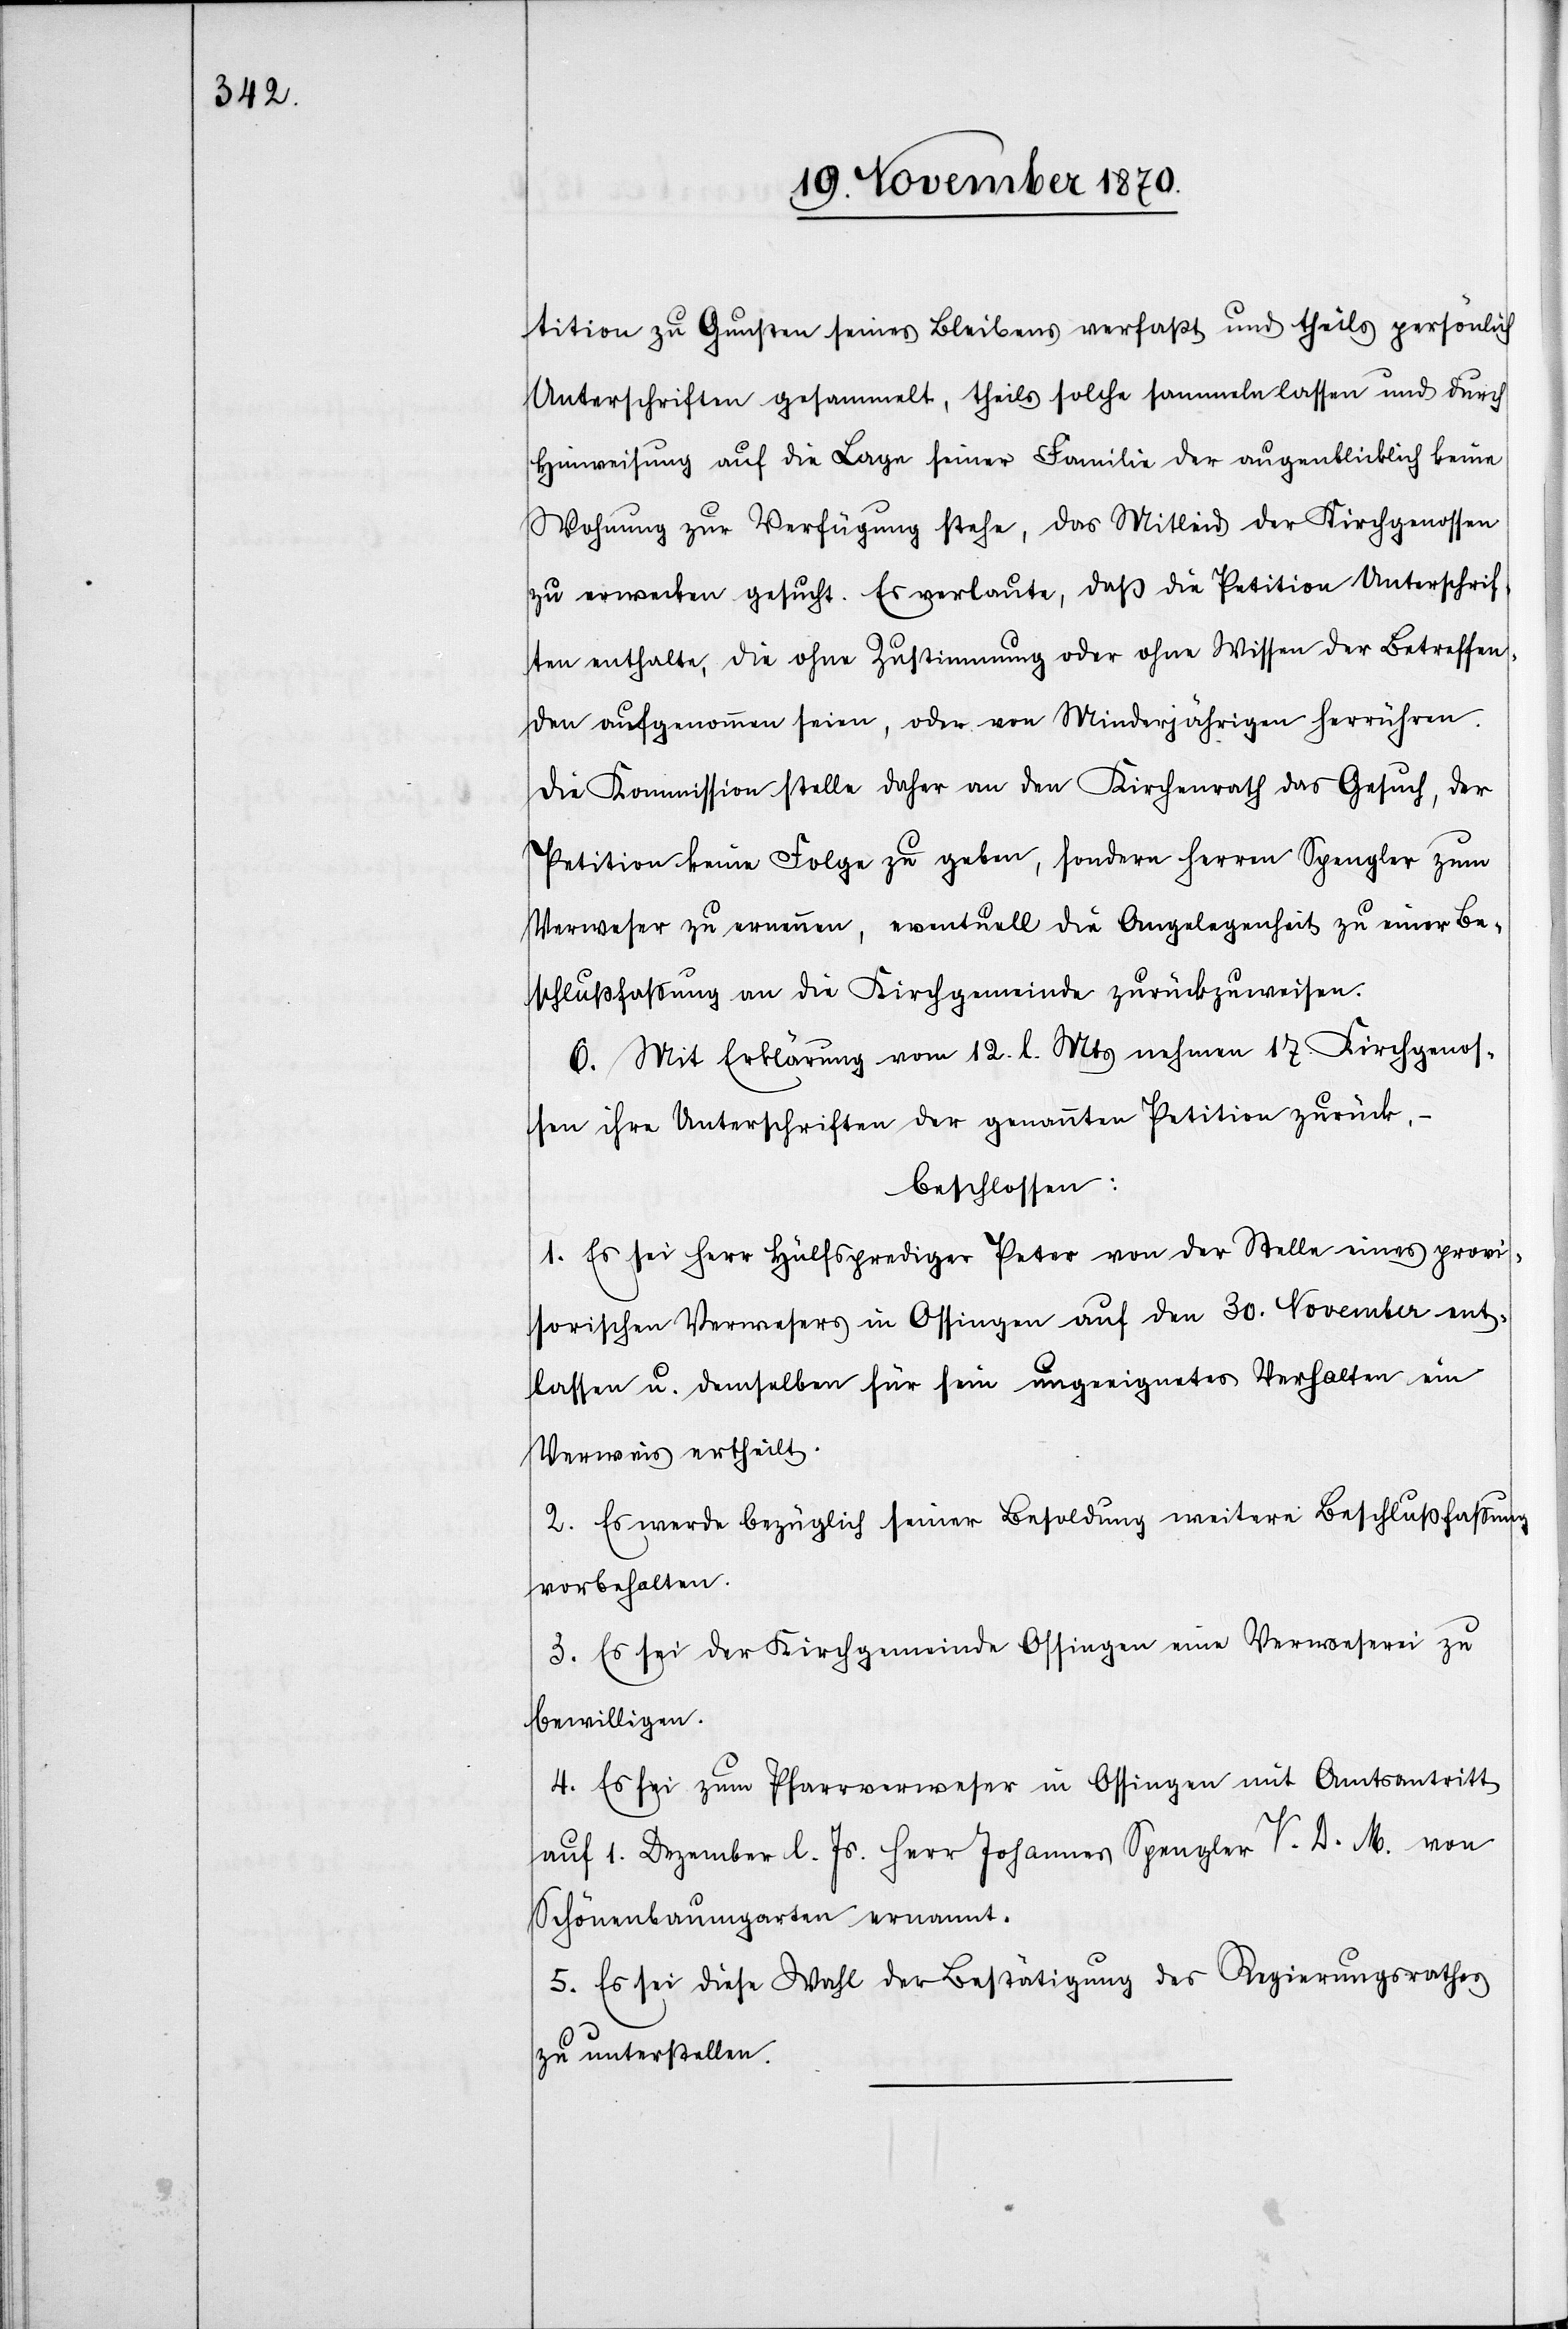
tition zu Gunsten seines Bleibens verfasst und theils persönlich
Unterschriften gesammelt, theils solche sammeln lassen und durch
Hinweisung auf die Lage seiner Familie der augenblicklich keine
Wohnung zur Verfügung stehe, das Mitleid der Kirchgenossen
zu erwecken gesucht. Er verlaute, daß die Petition Unterschrif¬
ten enthalte, die ohne Zustimmung oder ohne Wissen der Betreffen¬
den aufgenommen seien, oder von Minderjährigen herrühren.
Die Kommission stelle daher an den Kirchenrath das Gesuch, der
Petition keine Folge zu geben, sondern Herren Spengler zum
Verweser zu ernennen, eventuell die Angelegenheit zu einer Be¬
schlussfassung an die Kirchgemeinde zurückzuweisen.
6. Mit Erklärung vom 12. l. Mts nehmen 17. Kirchgenos¬
sen ihre Unterschriften der genannten Petition zurück.
beschlossen:
1. Es sei Herr Hülfsprediger Peter von der Stelle eines provi¬
sorischen Verwesers in Ossingen auf den 30. November ent¬
lassen u. demselben für sein ungeeignetes Verhalten ein
Verweis ertheilt.
2. Es werde bezüglich seiner Besoldung weitere Beschlußfassung
vorbehalten.
3. Es sei der Kirchgemeinde Ossingen eine Verweserei zu
bewilligen.
4. Es sei zum Pfarrverweser in Ossingen mit Amtsantritt
auf 1. Dezember l. Js. Herr Johannes Spengler V. D. M. von
Schönenbaumgarten ernannt.
5. Es sei diese Wahl der Bestätigung des Regierungsrathes
zu unterstellen.